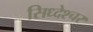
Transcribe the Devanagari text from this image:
सिध्देश्चर